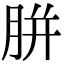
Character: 胼